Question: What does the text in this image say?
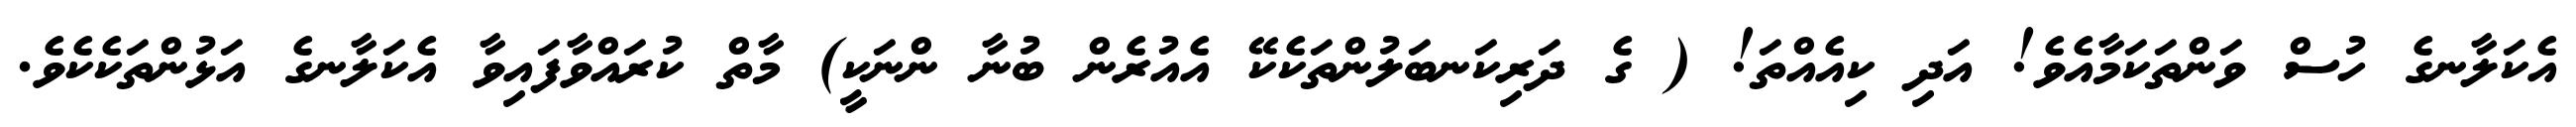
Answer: އެކަލާނގެ ހުސް ވަންތަކަމާއެވެ! އަދި ކިއެއްތަ! ( ގެ ދަރިކަނބަލުންތަކެކޭ އެއުރެން ބުނާ ންނަކީ) މާތް ކުރައްވާފައިވާ އެކަލާނގެ އަޅުންތަކެކެވެ.